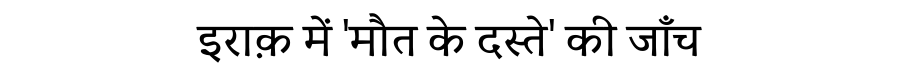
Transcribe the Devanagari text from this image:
इराक़ में 'मौत के दस्ते' की जाँच